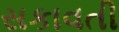
સકાવતી